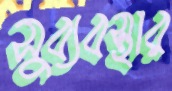
সুব্যবস্থার